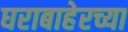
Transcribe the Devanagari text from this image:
घराबाहेरच्या